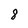
Character: 8